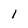
Character: l